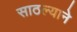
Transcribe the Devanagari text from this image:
साठल्याने